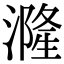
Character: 漋